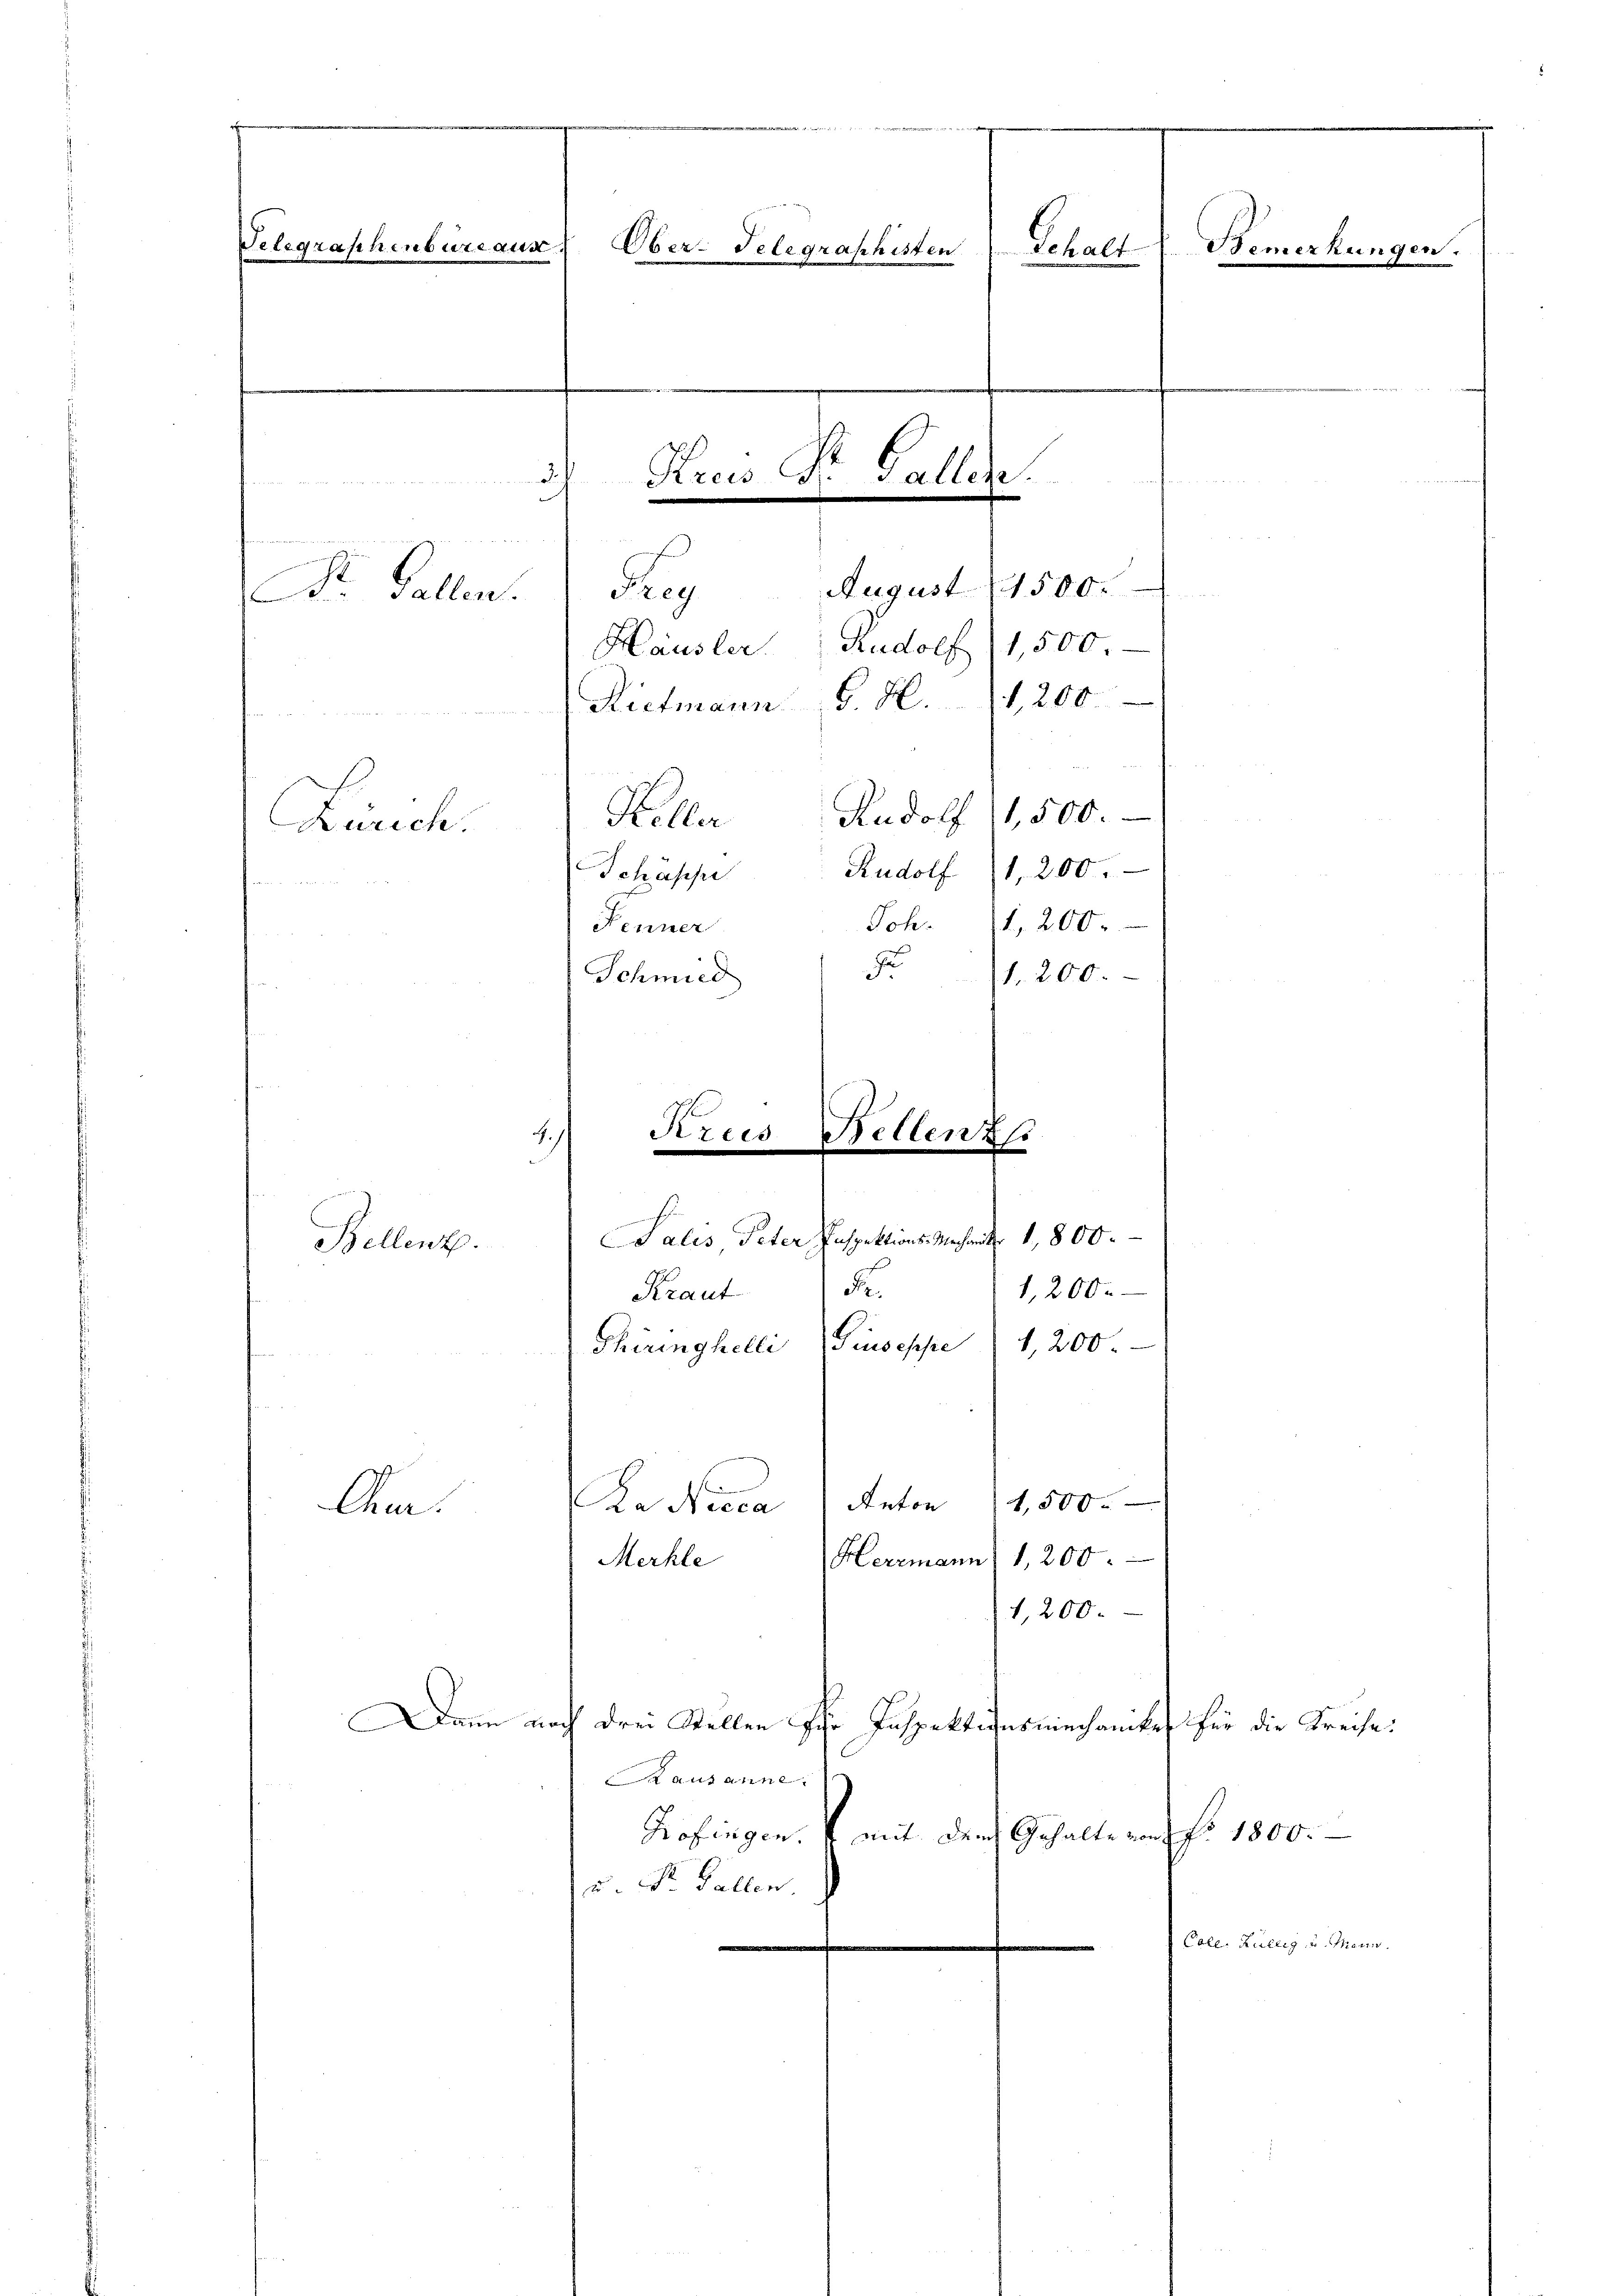
Telegraphenbüreaus
Ober-Telegraphisten
Schalt
Bemerkungen.
Kreis Dr. Gallen.
m
August 1500.
Reg
Dr. Gallen.
Häusler Rudolf (1,500.
Rietmann G. H. (1,200.
Rudolf (1,500.
Keller
Zürich.
Rudolf (1,200.
Schässi

Joh.
1,200.
Kenner
J
1,200.
Schmied
Krus
Bellenz
.
.
.
.
h
Salis Peter Inspektions-Mechant. 1,800.
Bellenz.
.
1,200.
Kraut
1,200.
Giuseppe
Thiringhelli
Anton 1,500.
echen
Cher.
Herrmann 1,200.
Merhle
1,200.

Dann noch drei Stellen für Inspektionsmiechanike für die Kreise:
Kausanne.
Hofingen. 4 mit dem Gehalte von Fr. 1800.
v. Dr. Gallen.

Pole. Zueig, u. Mann.